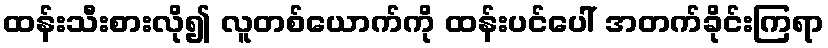
ထန်းသီးစားလို၍ လူတစ်ယောက်ကို ထန်းပင်ပေါ် အတက်ခိုင်းကြရာ